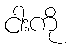
ငါးကို